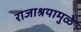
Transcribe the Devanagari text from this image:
राजाश्रयामुळे